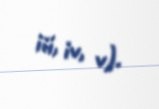
iii, iv, v).